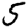
Digit: 5